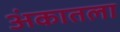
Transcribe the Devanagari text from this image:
अंकातला